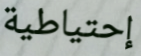
إحتياطية